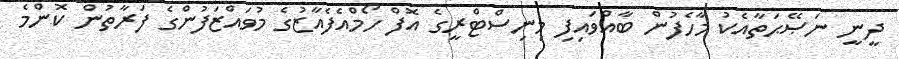
ދީނީ ނަޞޭޙަތާއެކު މާހެފުން ބާއްވައިފި މިނިސްޓްރީގެ އޮފް ހޯމްއެފެއާޒުގެ މުވައްޒަފުންގެ ފަރާތުން ކޮންމެ